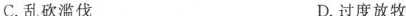
C.乱砍滥伐 D.过度放牧